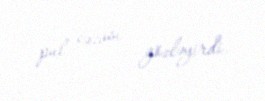
pul cəzası gözləyirdi.